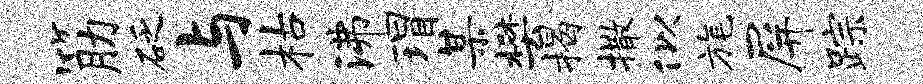
筋砭与枯沸瑁某樊揭撒似旄屏踪